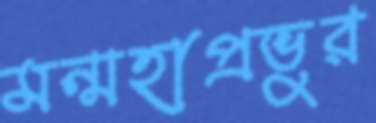
মন্মহাপ্রভুর